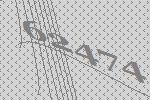
62474